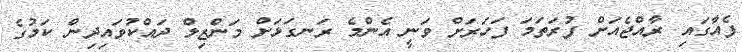
ފެއާގައި ރާއްޖެއަށް ފުރަތަމަ ފަހަރަށް ވަނީ އެންމެ ރަނގަޅަށް މަންޒިލް ދައްކުވައިދިން ކަމުގެ